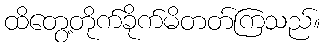
ထိတွေ့တိုက်ခိုက်မိတတ်ကြသည်။